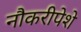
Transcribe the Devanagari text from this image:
नौकरीपेशे